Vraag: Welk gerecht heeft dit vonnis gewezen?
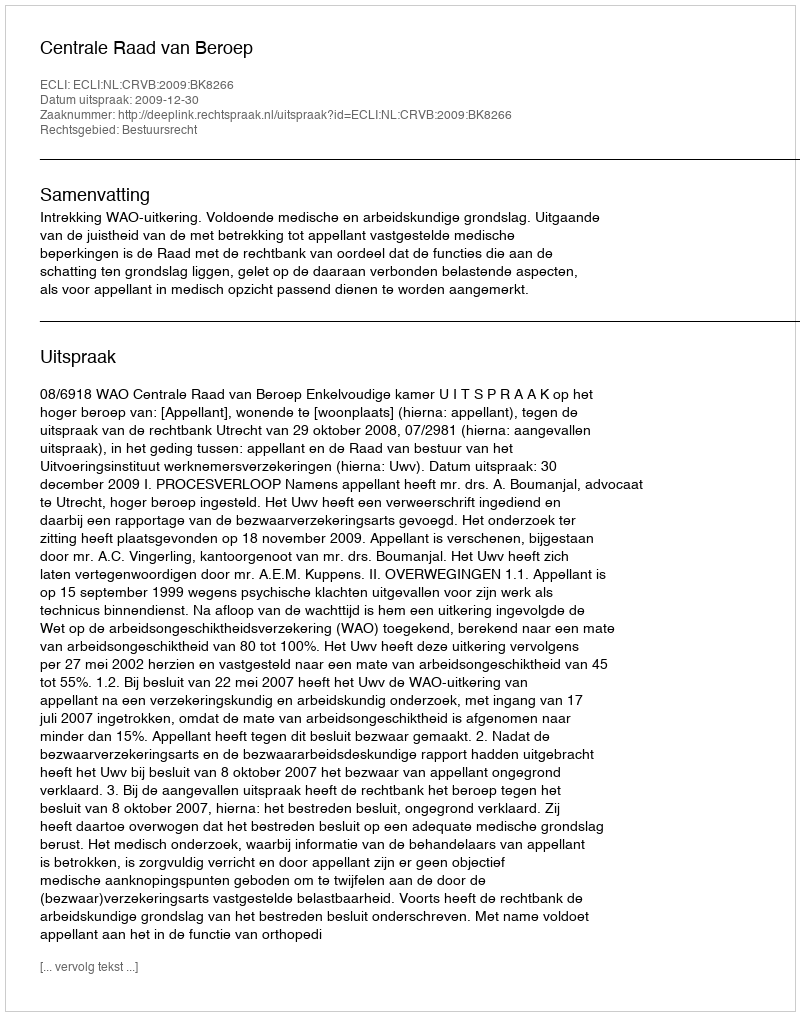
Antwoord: Centrale Raad van Beroep